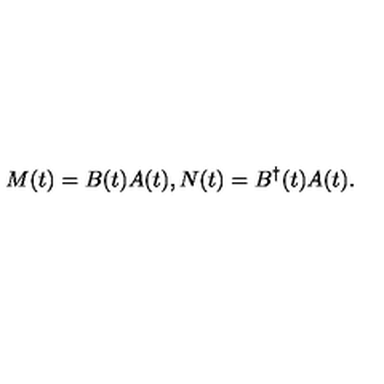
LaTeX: M ( t ) = B ( t ) A ( t ) , N ( t ) = B ^ { \dag } ( t ) A ( t ) .